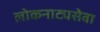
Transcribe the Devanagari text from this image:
लोकनाट्यसेवा